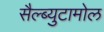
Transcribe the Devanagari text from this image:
सैल्ब्युटामोल